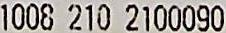
1008 210 2100090